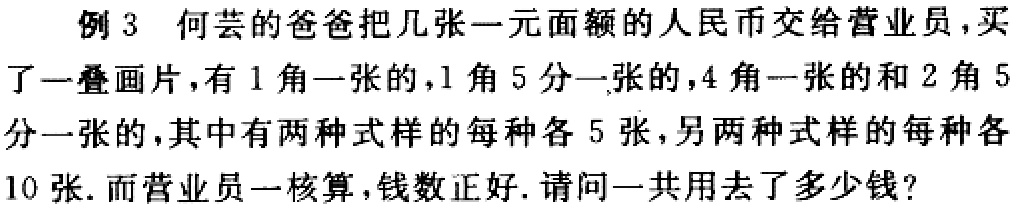
例 3 何芸的爸爸把几张一元面额的人民币交给营业员，买了一叠画片，有 1 角一张的，1 角 5 分一张的，4 角一张的和 2 角 5 分一张的，其中有两种式样的每种各 5 张，另两种式样的每种各 10 张. 而营业员一核算，钱数正好. 请问一共用去了多少钱？